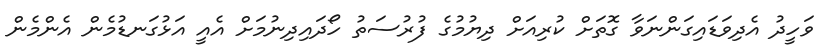
ވަހީދު އެދިވަޑައިގަންނަވާ ގޮތަށް ކުރިއަށް ދިޔުމުގެ ފުރުސަތު ހޯދައިދިނުމަށް އެއީ އަޅުގަނޑުމެން އެންމެން